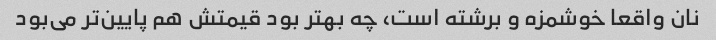
نان واقعا خوشمزه و برشته است، چه بهتر بود قیمتش هم پایین‌تر می‌بود